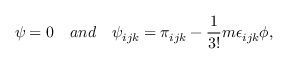
\psi = 0 \quad a n d \quad \psi _ { i j k } = \pi _ { i j k } - \frac { 1 } { 3 ! } m \epsilon _ { i j k } \phi ,